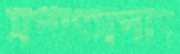
সপাৎসপাৎ